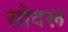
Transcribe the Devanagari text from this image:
सोदरू